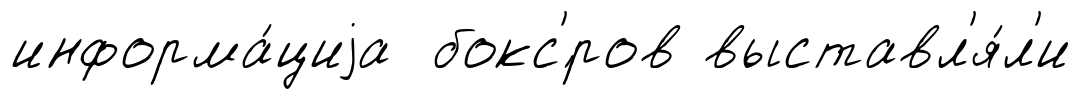
информа́циjа бокс'́ров выставл'я́л'и